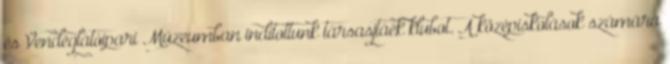
és Vendéglátóipari Múzeumban indítottunk társasjtáék klubot. A középiskolások számára